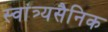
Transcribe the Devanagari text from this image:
स्वांत्र्यसैनिक